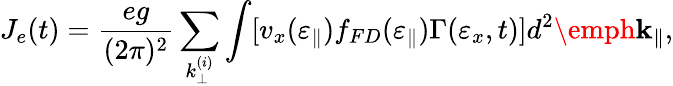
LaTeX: J_{e}(t)=\frac{eg}{(2\pi)^{2}}\sum_{k_{\perp}^{(i)}}\int[v_{x}(\varepsilon_{\parallel})f_{FD}(\varepsilon_{\parallel})\Gamma(\varepsilon_{x},t)]d^{2}\emph{\textbf{k}}_{\parallel},